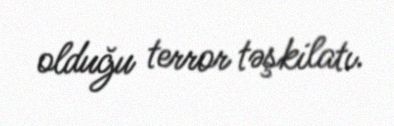
olduğu terror təşkilatı.